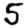
Digit: 5